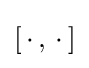
[\,\cdot \,,\,\cdot \,]